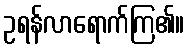
ဥရန်လာရောက်ကြ၏။